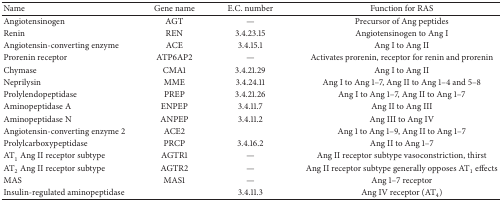
<table><thead><tr><td><b>Name</b></td><td><b>Gene name</b></td><td><b>E.C. number</b></td><td><b>Function for RAS</b></td></tr></thead><tbody><tr><td>Angiotensinogen</td><td>AGT</td><td>—</td><td>Precursor of Ang peptides</td></tr><tr><td>Renin</td><td>REN</td><td>3.4.23.15</td><td>Angiotensinogen to Ang I</td></tr><tr><td>Angiotensin-converting enzyme</td><td>ACE</td><td>3.4.15.1</td><td>Ang I to Ang II</td></tr><tr><td>Prorenin receptor</td><td>ATP6AP2</td><td>—</td><td>Activates prorenin, receptor for renin and prorenin</td></tr><tr><td>Chymase</td><td>CMA1</td><td>3.4.21.29</td><td>Ang I to Ang II</td></tr><tr><td>Neprilysin</td><td>MME</td><td>3.4.24.11</td><td>Ang I to Ang 1–7, Ang II to Ang 1–4 and 5–8</td></tr><tr><td>Prolylendopeptidase</td><td>PREP</td><td>3.4.21.26</td><td>Ang I to Ang 1–7, Ang II to Ang 1–7</td></tr><tr><td>Aminopeptidase A</td><td>ENPEP</td><td>3.4.11.7</td><td>Ang II to Ang III</td></tr><tr><td>Aminopeptidase N</td><td>ANPEP</td><td>3.4.11.2</td><td>Ang III to Ang IV</td></tr><tr><td>Angiotensin-converting enzyme 2</td><td>ACE2</td><td> </td><td>Ang 1 to Ang 1–9, Ang II to Ang 1–7</td></tr><tr><td>Prolylcarboxypeptidase</td><td>PRCP</td><td>3.4.16.2</td><td>Ang II to Ang 1–7</td></tr><tr><td>AT<sub>1</sub> Ang II receptor subtype</td><td>AGTR1</td><td>—</td><td>Ang II receptor subtype vasoconstriction, thirst</td></tr><tr><td>AT<sub>2</sub> Ang II receptor subtype</td><td>AGTR2</td><td>—</td><td>Ang II receptor subtype generally opposes AT<sub>1</sub> effects</td></tr><tr><td>MAS</td><td>MAS1</td><td>—</td><td>Ang 1–7 receptor</td></tr><tr><td>Insulin-regulated aminopeptidase</td><td> </td><td>3.4.11.3</td><td>Ang IV receptor (AT<sub>4</sub>)</td></tr></tbody></table>